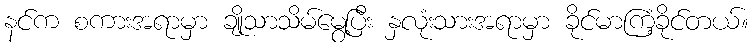
နင်က စကားအရာမှာ ချိုသာသိမ်မွေ့ပြီး နှလုံးသားအရာမှာ ခိုင်မာကြံ့ခိုင်တယ်။